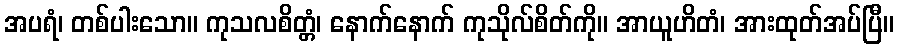
အပရံ၊ တစ်ပါးသော။ ကုသလစိတ္တံ၊ နောက်နောက် ကုသိုလ်စိတ်ကို။ အာယူဟိတံ၊ အားထုတ်အပ်ပြီ။